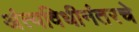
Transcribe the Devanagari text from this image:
अंत्यविधीनंतरचे